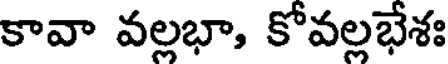
కావా వల్లభా, కోవల్లభేశః